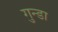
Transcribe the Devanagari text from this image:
गुन्डा